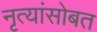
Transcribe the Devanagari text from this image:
नृत्यांसोबत